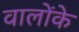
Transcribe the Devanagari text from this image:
वालोंके